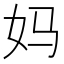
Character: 妈